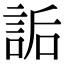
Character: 詬